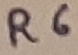
Text: R6